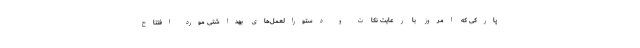
پارکی که امروز با رعایت نکات و دستورالعمل‌های بهداشتی مورد افتتاح